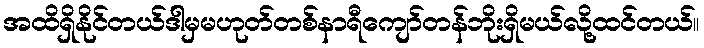
အထိရှိနိုင်တယ်ဒါမှမဟုတ်တစ်နာရီကျော်တန်ဘိုးရှိမယ်လို့ထင်တယ်။